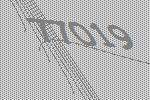
77019